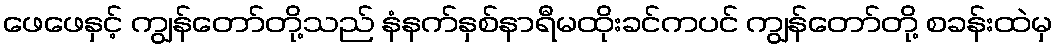
ဖေဖေနှင့် ကျွန်တော်တို့သည် နံနက်နှစ်နာရီမထိုးခင်ကပင် ကျွန်တော်တို့ စခန်းထဲမှ